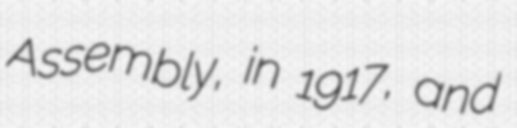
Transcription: Assembly, in 1917, and